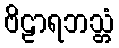
ဗိဠာရဘသ္တံ